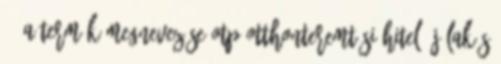
1. A termék megnevezése OTP Otthonteremtési Hitel új lakás